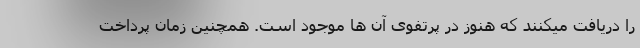
را دریافت میکنند که هنوز در پرتفوی آن ها موجود است. همچنین زمان پرداخت